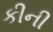
કીની